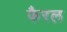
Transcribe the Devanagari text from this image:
फैरल